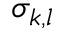
\sigma _ { k , l }